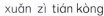
xuan zitian kong